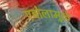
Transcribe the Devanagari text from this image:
एबोलामुळे